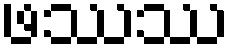
ဖဿဿ